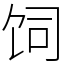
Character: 饲